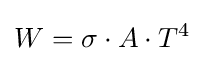
W=\sigma \cdot A\cdot T^{4}